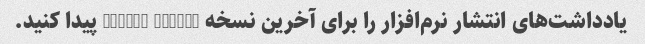
یادداشت‌های انتشار نرم‌افزار را برای آخرین نسخه Google Chrome پیدا کنید.